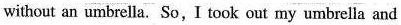
without an umbrella. So, I took out my umbrella and